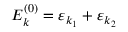
E _ { k } ^ { ( 0 ) } = \varepsilon _ { k _ { 1 } } + \varepsilon _ { k _ { 2 } }